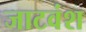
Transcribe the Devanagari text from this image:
जाटवंश